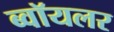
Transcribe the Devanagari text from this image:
ब्वॉयलर